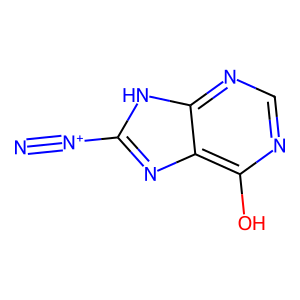
SMILES: N#[N+]c1nc2c(O)ncnc2[nH]1
Inhibits HIV replication: No